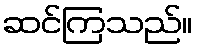
ဆင်ကြသည်။